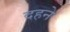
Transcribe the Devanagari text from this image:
दहने